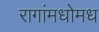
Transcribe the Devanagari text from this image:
रागांमधोमध